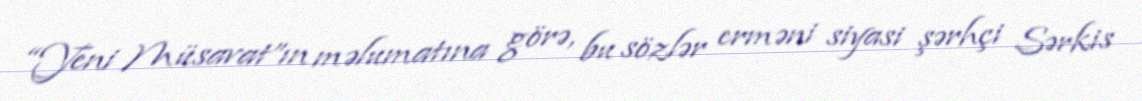
“Yeni Müsavat”ın məlumatına görə, bu sözlər erməni siyasi şərhçi Sərkis